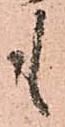
も